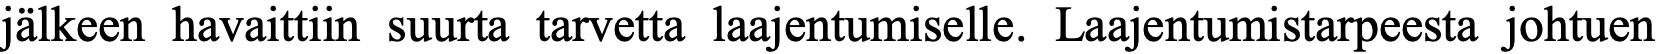
jälkeen havaittiin suurta tarvetta laajentumiselle. Laajentumistarpeesta johtuen